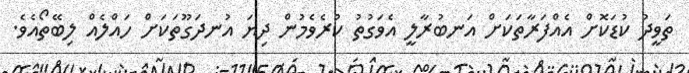
ތަވީދު ކުޑަކޮށް އެއްފަރާތަކަށް އަނބުރާލީ އެވަގުތު ކުރެވެމުން ދިޔަ އުނދަގޫތަކަށް ހައްލެއް ލިބޭތޯއެވެ.